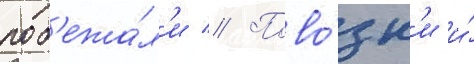
поб'ежа́л'и // Пово́зк'и и́